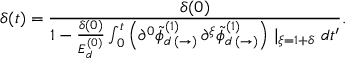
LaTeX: \delta ( t ) = \frac { \delta ( 0 ) } { 1 - \frac { \delta ( 0 ) } { E _ { d } ^ { ( 0 ) } } \int _ { 0 } ^ { t } \left( \partial ^ { 0 } \tilde { \phi } _ { d \, ( \rightarrow ) } ^ { ( 1 ) } \, \partial ^ { \xi } \tilde { \phi } _ { d \, ( \rightarrow ) } ^ { ( 1 ) } \right) \mid _ { \xi = 1 + \delta } d t ^ { \prime } } .